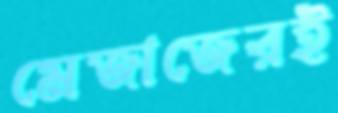
মেজাজেরই